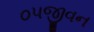
૦૫જીવન